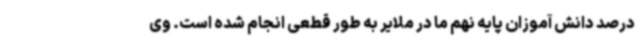
درصد دانش آموزان پایه نهم ما در ملایر به طور قطعی انجام شده است. وی